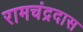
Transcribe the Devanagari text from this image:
रामचंद्रदास